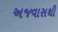
અજવાસથી